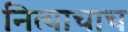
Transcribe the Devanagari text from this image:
नित्याचाच